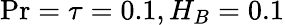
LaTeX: \mathrm{Pr}=\tau=0.1,H_{B}=0.1